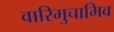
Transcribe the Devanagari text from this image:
वारिमुचामिव